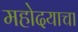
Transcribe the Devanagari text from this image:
महोदयाचा